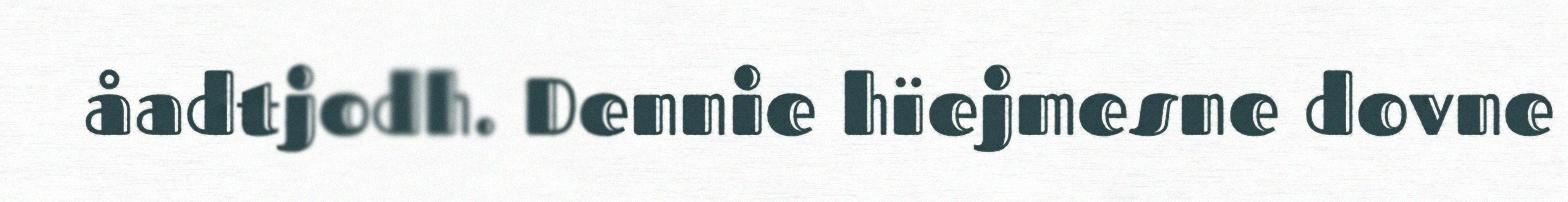
åadtjodh. Dennie hïejmesne dovne